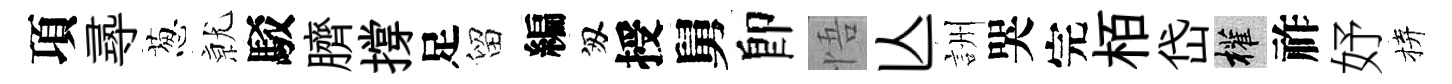
項𡬶葱𭕒駁臍撐足留編匆授舅卽悟亾詶哭完栢岱權祚妤拚